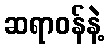
ဆရာဝန်နဲ့